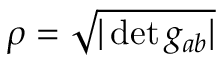
\rho = { \sqrt { | \det g _ { a b } | } }